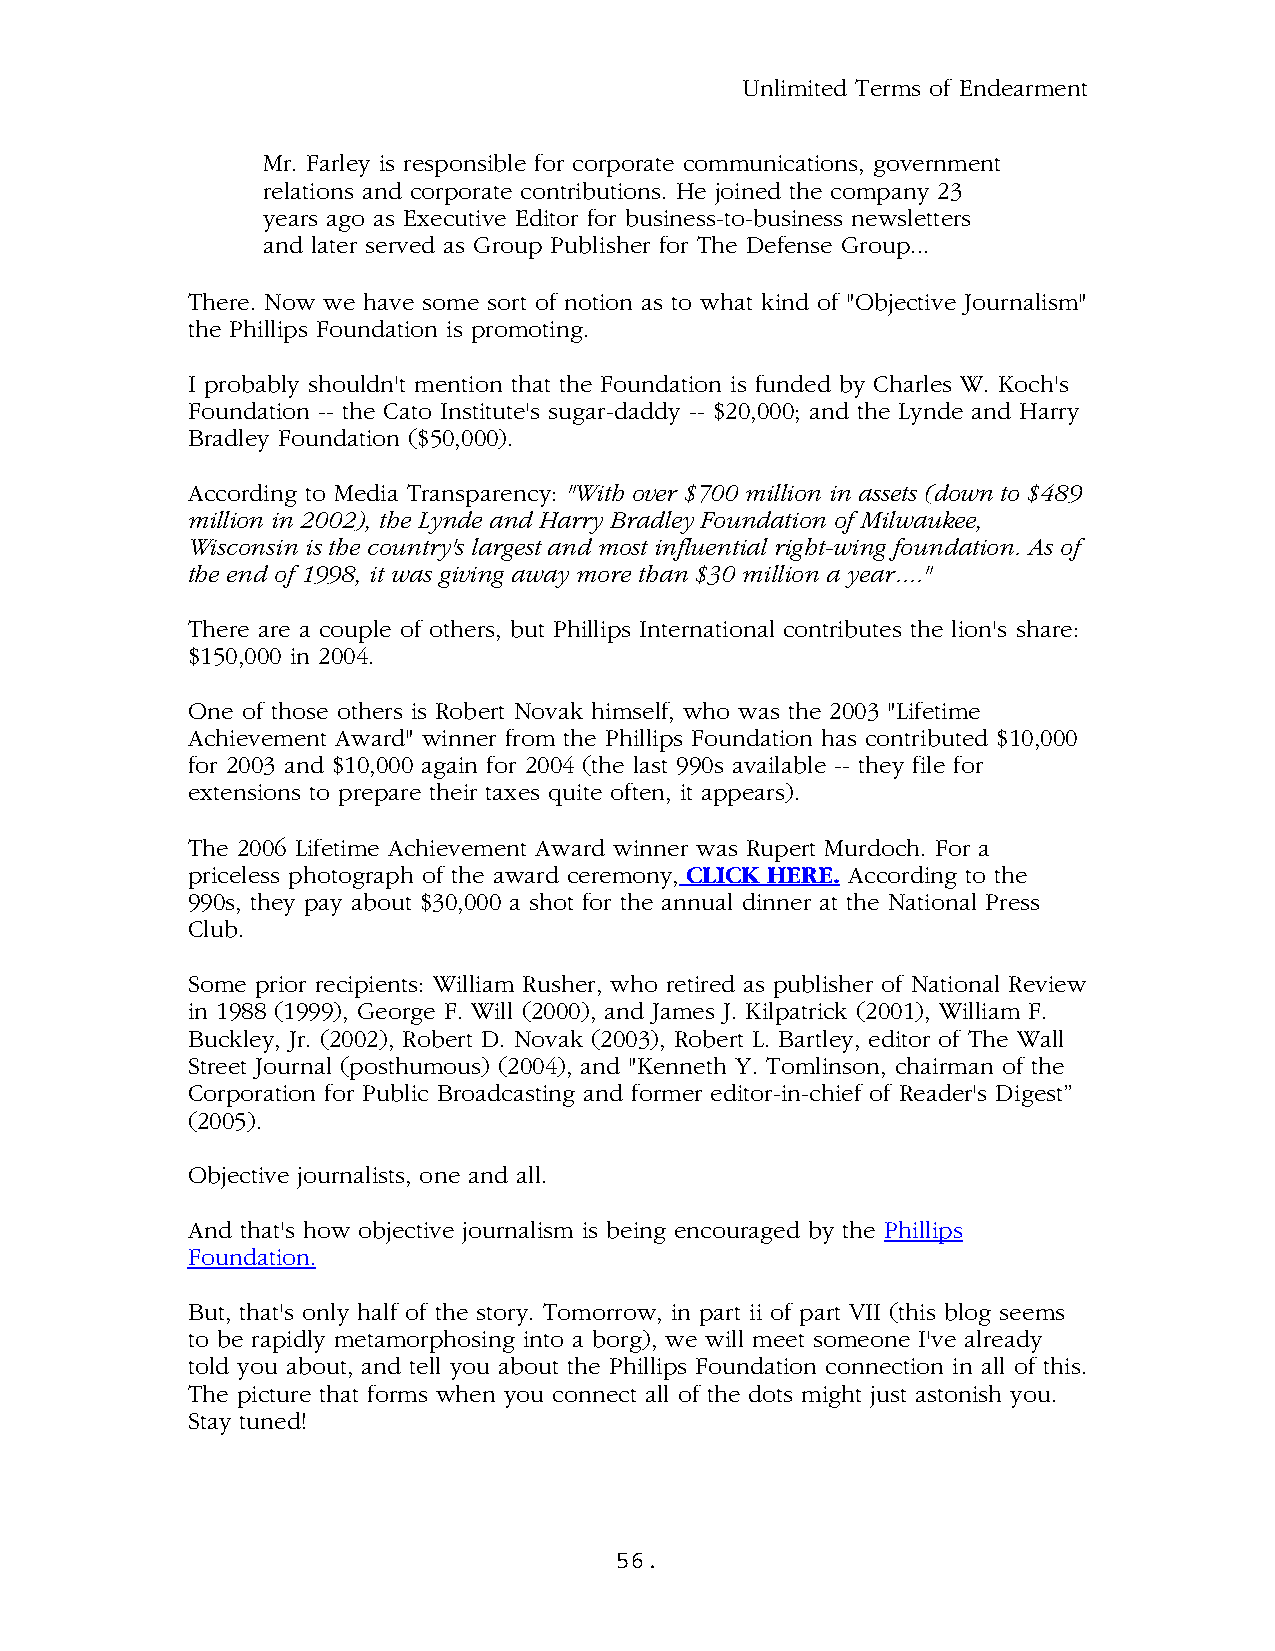
Unlimited Terms of Endearment
 Mr. Farley is responsible for corporate communications, government
 relations and corporate contributions. He joined the company 23
 years ago as Executive Editor for business-to-business newsletters
 and later served as Group Publisher for The Defense Group...
 There. Now we have some sort of notion as to what kind of "Objective Journalism"
 the Phillips Foundation is promoting.
 I probably shouldn't mention that the Foundation is funded by Charles W. Koch's
 Foundation -- the Cato Institute's sugar-daddy -- $20,000; and the Lynde and Harry
 Bradley Foundation ($50,000).
 According to Media Transparency: "With over $700 million in assets (down to $489
 million in 2002), the Lynde and Harry Bradley Foundation of Milwaukee,
 Wisconsin is the country's largest and most influential right-wing foundation. As of
 the end of 1998, it was giving away more than $30 million a year...."
 There are a couple of others, but Phillips International contributes the lion's share:
 $150,000 in 2004.
 One of those others is Robert Novak himself, who was the 2003 "Lifetime
 Achievement Award" winner from the Phillips Foundation has contributed $10,000
 for 2003 and $10,000 again for 2004 (the last 990s available -- they file for
 extensions to prepare their taxes quite often, it appears).
 The 2006 Lifetime Achievement Award winner was Rupert Murdoch. For a
 priceless photograph of the award ceremony, CLICK HERE. According to the
 990s, they pay about $30,000 a shot for the annual dinner at the National Press
 Club.
 Some prior recipients: William Rusher, who retired as publisher of National Review
 in 1988 (1999), George F. Will (2000), and James J. Kilpatrick (2001), William F.
 Buckley, Jr. (2002), Robert D. Novak (2003), Robert L. Bartley, editor of The Wall
 Street Journal (posthumous) (2004), and "Kenneth Y. Tomlinson, chairman of the
 Corporation for Public Broadcasting and former editor-in-chief of Reader's Digest”
 (2005).
 Objective journalists, one and all.
 And that's how objective journalism is being encouraged by the Phillips
 Foundation.
 But, that's only half of the story. Tomorrow, in part ii of part VII (this blog seems
 to be rapidly metamorphosing into a borg), we will meet someone I've already
 told you about, and tell you about the Phillips Foundation connection in all of this.
 The picture that forms when you connect all of the dots might just astonish you.
 Stay tuned!
 56.